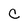
Character: C